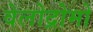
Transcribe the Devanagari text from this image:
वेलोद्रोमो